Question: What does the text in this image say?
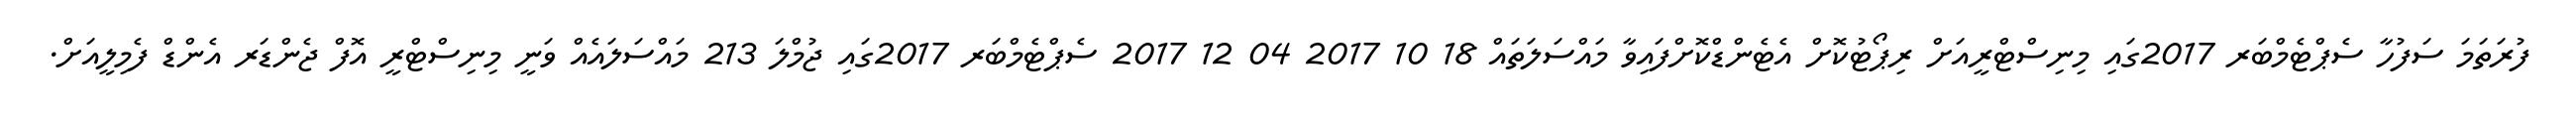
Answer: ފުރަތަމަ ސަފުހާ ސެޕްޓެމްބަރ 2017ގައި މިނިސްޓްރީއަށް ރިޕޯޓުކޮށް އެޓެންޑްކޮށްފައިވާ މައްސަލަތައް 18 10 2017 04 12 2017 ސެޕްޓެމްބަރ 2017ގައި ޖުމްލަ 213 މައްސަލައެއް ވަނީ މިނިސްޓްރީ އޮފް ޖެންޑަރ އެންޑް ފެމިލީއަށް.